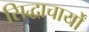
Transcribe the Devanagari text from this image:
सिद्धाचार्यों